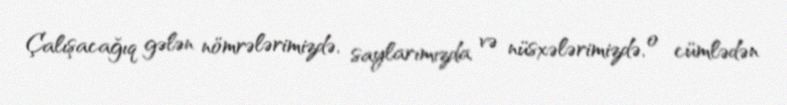
Çalışacağıq gələn nömrələrimizdə, saylarımızda və nüsxələrimizdə, o cümlədən